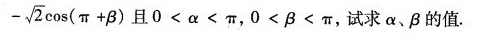
- \sqrt { 2 } \cos ( π+ β) 且$$0 < α < π$$，$$0 < β < π$$，试求α、β的值。